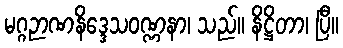
မဂ္ဂဉာဏနိဒ္ဒေသဝဏ္ဏနာ၊ သည်။ နိဋ္ဌိတာ၊ ပြီ။